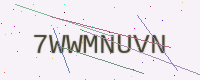
Text: 7WWMNUVN